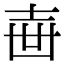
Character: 𡔥